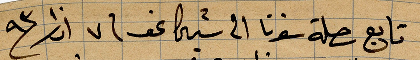
تابع رحلة سفرنا الى شيكاغو في ٧ اذار ١٨٩٣